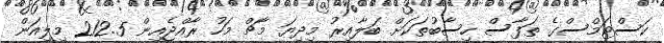
ކަސްޓަމްސްގެ ތަފާސް ހިސާބުތަކަށް ބަލާއިރު މިދިޔަ މާޗް މަހު ރާއްޖެއިން 212.5 މިލިއަން